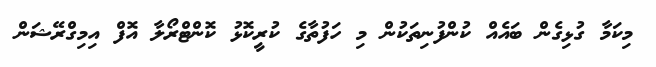
މިކަމާ ގުޅިގެން ބައެއް ކުންފުނިތަކުން މި ހަފުތާގެ ކުރީކޮޅު ކޮންޓްރޯލާ އޮފް އިމިގްރޭޝަން